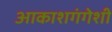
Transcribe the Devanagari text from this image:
आकाशगंगेशी